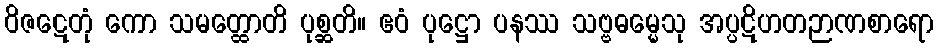
ဝိဇဋေတုံ ကော သမတ္ထောတိ ပုစ္ဆတိ။ ဧဝံ ပုဋ္ဌော ပနဿ သဗ္ဗဓမ္မေသု အပ္ပဋိဟတဉာဏစာရော